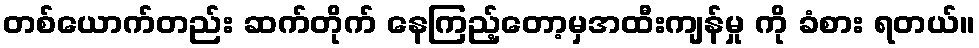
တစ်ယောက်တည်း ဆက်တိုက် နေကြည့်တော့မှအထီးကျန်မှု ကို ခံစား ရတယ်။